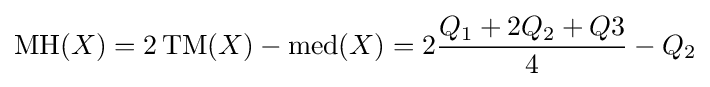
\operatorname {MH} (X)=2\operatorname {TM} (X)-\operatorname {med} (X)=2{\frac {Q_{1}+2Q_{2}+Q3}{4}}-Q_{2}